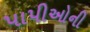
પાપીઓની